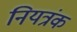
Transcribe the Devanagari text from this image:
नियत्रंक